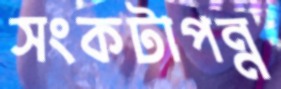
সংকটাপন্ন